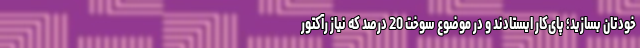
خودتان بسازید؛ پای‌کار ایستادند و در موضوع سوخت 20 درصد که نیاز رآکتور